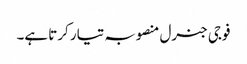
فوجی جنرل منصوبہ تیار کرتا ہے۔